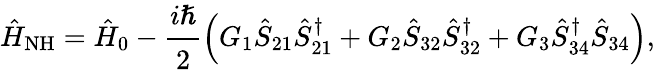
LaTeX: \hat{H}_{\mathrm{NH}}=\hat{H}_{0}-\cfrac{i\hslash}{2}\left(G_{1}\hat{S}_{21}\hat{S}_{21}^{\dagger}+G_{2}\hat{S}_{32}\hat{S}_{32}^{\dagger}+G_{3}\hat{S}_{34}^{\dagger}\hat{S}_{34}\right),